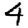
Digit: 4